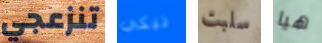
تنزعجي نيكي سلبت هيا